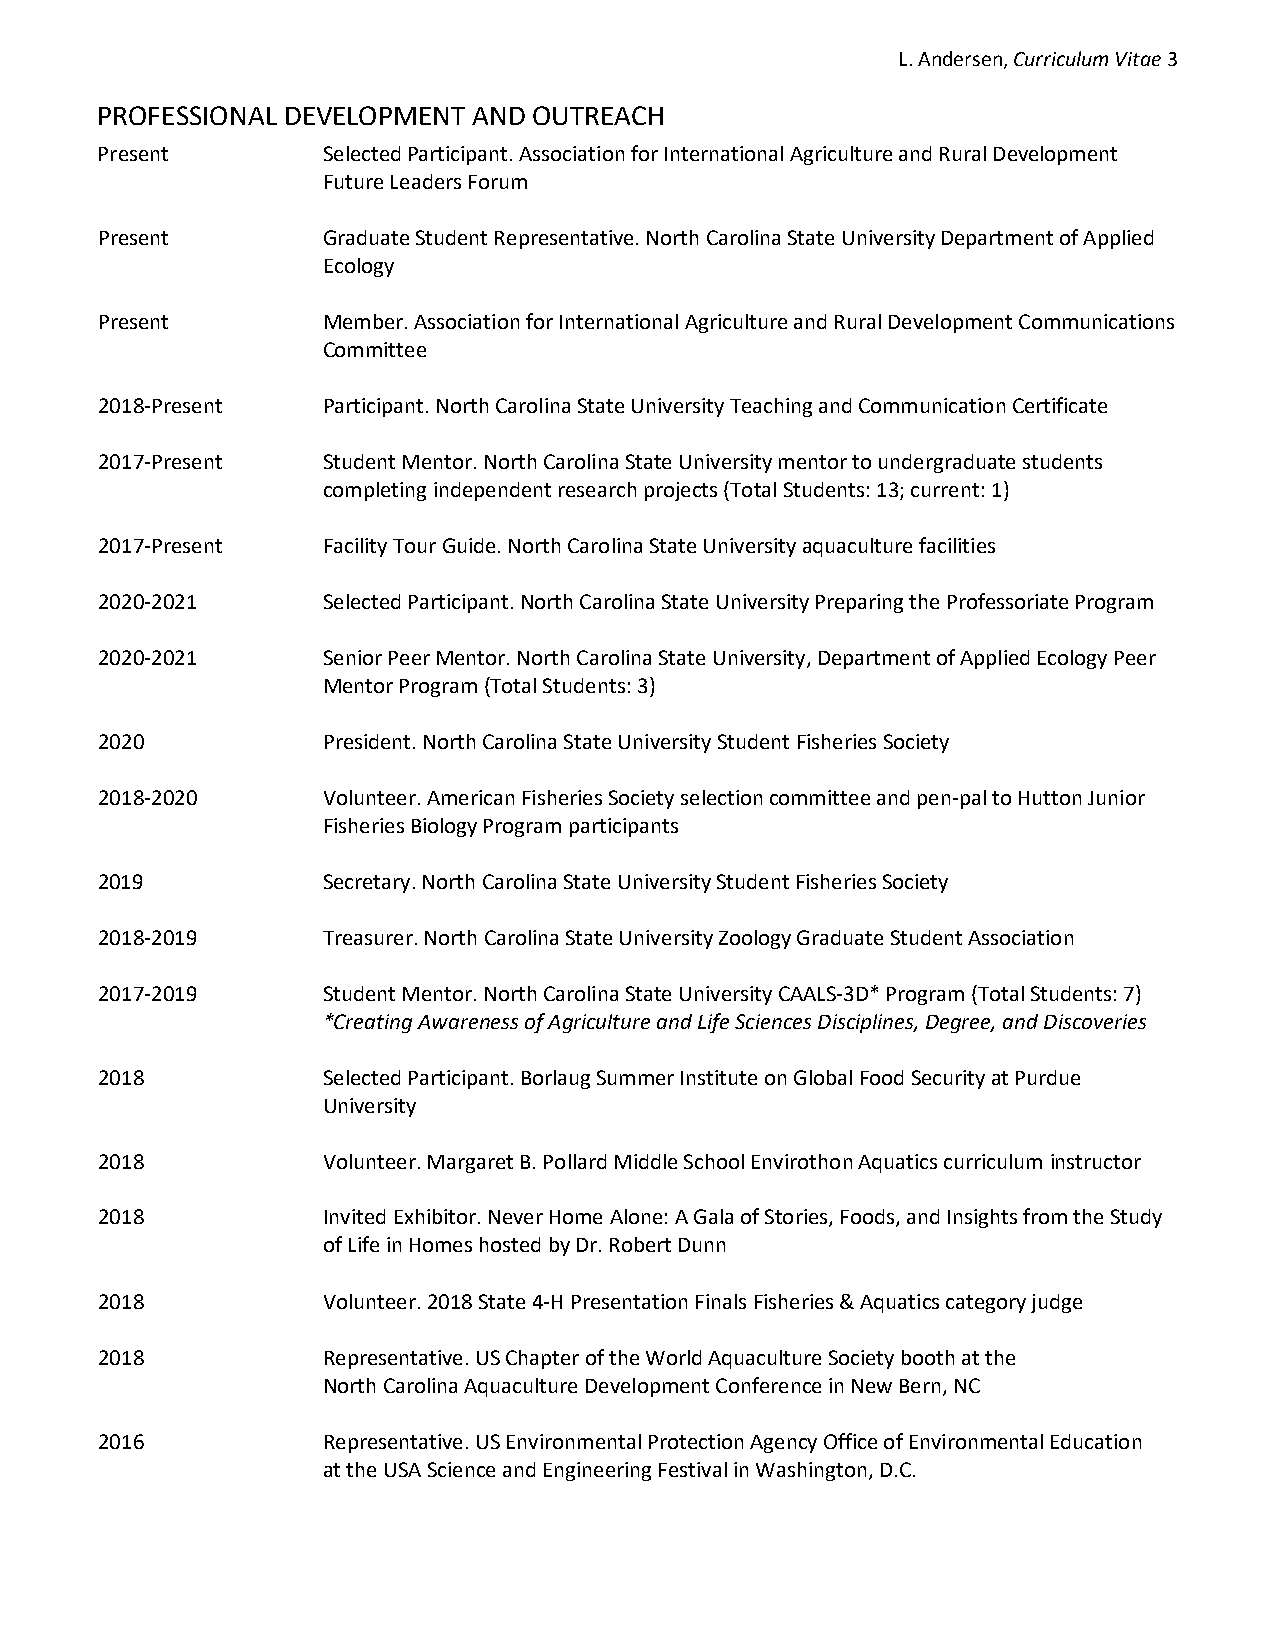
L. Andersen, Curriculum Vitae 3
 PROFESSIONAL DEVELOPMENT AND OUTREACH
 Present        Selected Participant. Association for International Agriculture and Rural Development
 Future Leaders Forum
 Present        Graduate Student Representative. North Carolina State University Department of Applied
 Ecology
 Present        Member. Association for International Agriculture and Rural Development Communications
 Committee
 2018-Present   Participant. North Carolina State University Teaching and Communication Certificate
 2017-Present   Student Mentor. North Carolina State University mentor to undergraduate students
 completing independent research projects (Total Students: 13; current: 1)
 2017-Present   Facility Tour Guide. North Carolina State University aquaculture facilities
 2020-2021      Selected Participant. North Carolina State University Preparing the Professoriate Program
 2020-2021      Senior Peer Mentor. North Carolina State University, Department of Applied Ecology Peer
 Mentor Program (Total Students: 3)
 2020           President. North Carolina State University Student Fisheries Society
 2018-2020      Volunteer. American Fisheries Society selection committee and pen-pal to Hutton Junior
 Fisheries Biology Program participants
 2019           Secretary. North Carolina State University Student Fisheries Society
 2018-2019      Treasurer. North Carolina State University Zoology Graduate Student Association
 2017-2019      Student Mentor. North Carolina State University CAALS-3D* Program (Total Students: 7)
 *Creating Awareness of Agriculture and Life Sciences Disciplines, Degree, and Discoveries
 2018           Selected Participant. Borlaug Summer Institute on Global Food Security at Purdue
 University
 2018           Volunteer. Margaret B. Pollard Middle School Envirothon Aquatics curriculum instructor
 2018           Invited Exhibitor. Never Home Alone: A Gala of Stories, Foods, and Insights from the Study
 of Life in Homes hosted by Dr. Robert Dunn
 2018           Volunteer. 2018 State 4-H Presentation Finals Fisheries & Aquatics category judge
 2018           Representative. US Chapter of the World Aquaculture Society booth at the
 North Carolina Aquaculture Development Conference in New Bern, NC
 2016           Representative. US Environmental Protection Agency Office of Environmental Education
 at the USA Science and Engineering Festival in Washington, D.C.